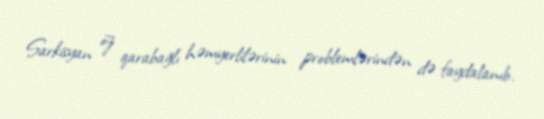
Sarkisyan öz qarabağlı həmyerlilərinin problemlərindən də faydalanıb.